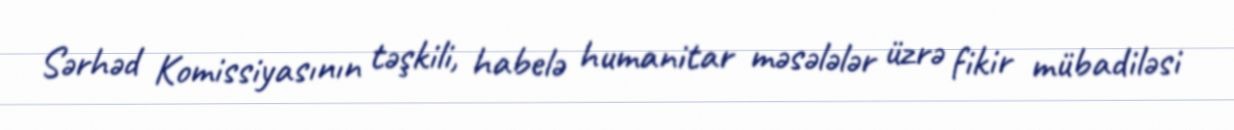
Sərhəd Komissiyasının təşkili, habelə humanitar məsələlər üzrə fikir mübadiləsi